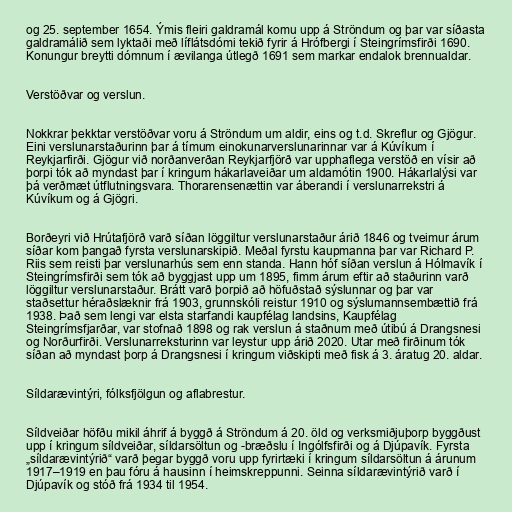
og 25. september 1654. Ýmis fleiri galdramál komu upp á Ströndum og þar var síðasta
galdramálið sem lyktaði með líflátsdómi tekið fyrir á Hrófbergi í Steingrímsfirði 1690.
Konungur breytti dómnum í ævilanga útlegð 1691 sem markar endalok brennualdar.

Verstöðvar og verslun.

Nokkrar þekktar verstöðvar voru á Ströndum um aldir, eins og t.d. Skreflur og Gjögur.
Eini verslunarstaðurinn þar á tímum einokunarverslunarinnar var á Kúvíkum í
Reykjarfirði. Gjögur við norðanverðan Reykjarfjörð var upphaflega verstöð en vísir að
þorpi tók að myndast þar í kringum hákarlaveiðar um aldamótin 1900. Hákarlalýsi var
þá verðmæt útflutningsvara. Thorarensenættin var áberandi í verslunarrekstri á
Kúvíkum og á Gjögri.

Borðeyri við Hrútafjörð varð síðan löggiltur verslunarstaður árið 1846 og tveimur árum
síðar kom þangað fyrsta verslunarskipið. Meðal fyrstu kaupmanna þar var Richard P.
Riis sem reisti þar verslunarhús sem enn standa. Hann hóf síðan verslun á Hólmavík í
Steingrímsfirði sem tók að byggjast upp um 1895, fimm árum eftir að staðurinn varð
löggiltur verslunarstaður. Brátt varð þorpið að höfuðstað sýslunnar og þar var
staðsettur héraðslæknir frá 1903, grunnskóli reistur 1910 og sýslumannsembættið frá
1938. Það sem lengi var elsta starfandi kaupfélag landsins, Kaupfélag
Steingrímsfjarðar, var stofnað 1898 og rak verslun á staðnum með útibú á Drangsnesi
og Norðurfirði. Verslunarreksturinn var leystur upp árið 2020. Utar með firðinum tók
síðan að myndast þorp á Drangsnesi í kringum viðskipti með fisk á 3. áratug 20. aldar.

Síldarævintýri, fólksfjölgun og aflabrestur.

Síldveiðar höfðu mikil áhrif á byggð á Ströndum á 20. öld og verksmiðjuþorp byggðust
upp í kringum síldveiðar, síldarsöltun og -bræðslu í Ingólfsfirði og á Djúpavík. Fyrsta
„síldarævintýrið“ varð þegar byggð voru upp fyrirtæki í kringum síldarsöltun á árunum
1917–1919 en þau fóru á hausinn í heimskreppunni. Seinna síldarævintýrið varð í
Djúpavík og stóð frá 1934 til 1954.